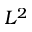
L ^ { 2 }